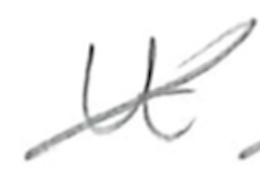
Text: It
Cross-out: mix
Writing tool: pencil